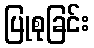
ပြုစုခြင်း